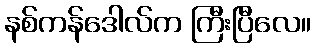
နစ်ကန်ဒေါလ်က ကြီးပြီလေ။